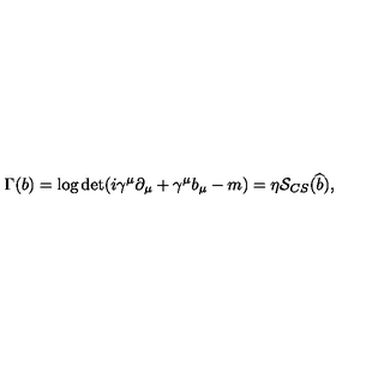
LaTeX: \Gamma ( b ) = \log \det ( i \gamma ^ { \mu } \partial _ { \mu } + \gamma ^ { \mu } b _ { \mu } - m ) = \eta { \cal S } _ { C S } ( \widehat { b } ) ,